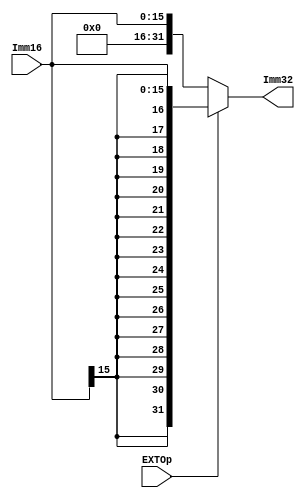
//sign extension or zero extension
module EXT( Imm16, EXTOp, Imm32 );
    
   input  [15:0] Imm16;
   input         EXTOp;//if EXTOp=0, zero extension; or sign extension
   output [31:0] Imm32;
   
   assign Imm32 = (EXTOp) ? {{16{Imm16[15]}}, Imm16} : {16'd0, Imm16}; // signed-extension or zero extension
       
endmodule